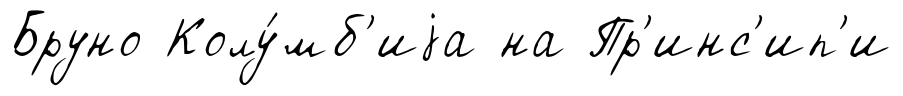
Бруно Колу́мб'иjа на Пр'инс'ип'и